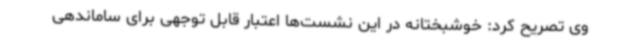
وی تصریح کرد: خوشبختانه در این نشست‌ها اعتبار قابل توجهی برای ساماندهی